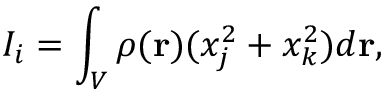
I _ { i } = \int _ { V } \rho ( { \bf r } ) ( x _ { j } ^ { 2 } + x _ { k } ^ { 2 } ) d { \bf r } ,